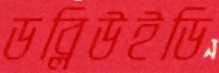
ডব্লিউইডি